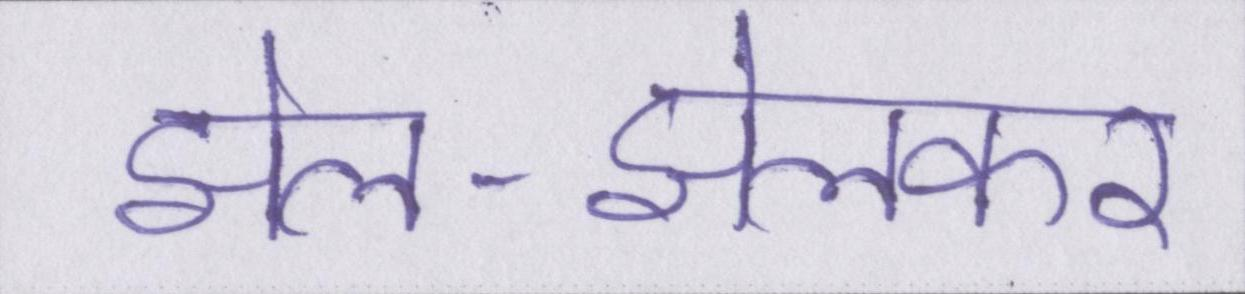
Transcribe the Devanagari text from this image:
झेल-झेलकर